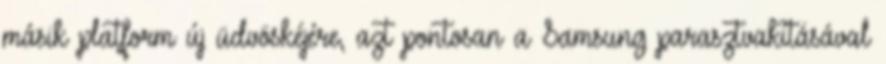
másik platform új üdvöskéjére, azt pontosan a Samsung parasztvakításával